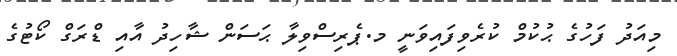
މިއަދު ފަހުގެ ޙުކުމް ކުރެވިފައިވަނީ މ.ޕެރިސްވިލާ ޙަސަން ޝާހިދު އާއި ޑްރަގް ކޯޓުގެ